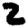
Digit: 2